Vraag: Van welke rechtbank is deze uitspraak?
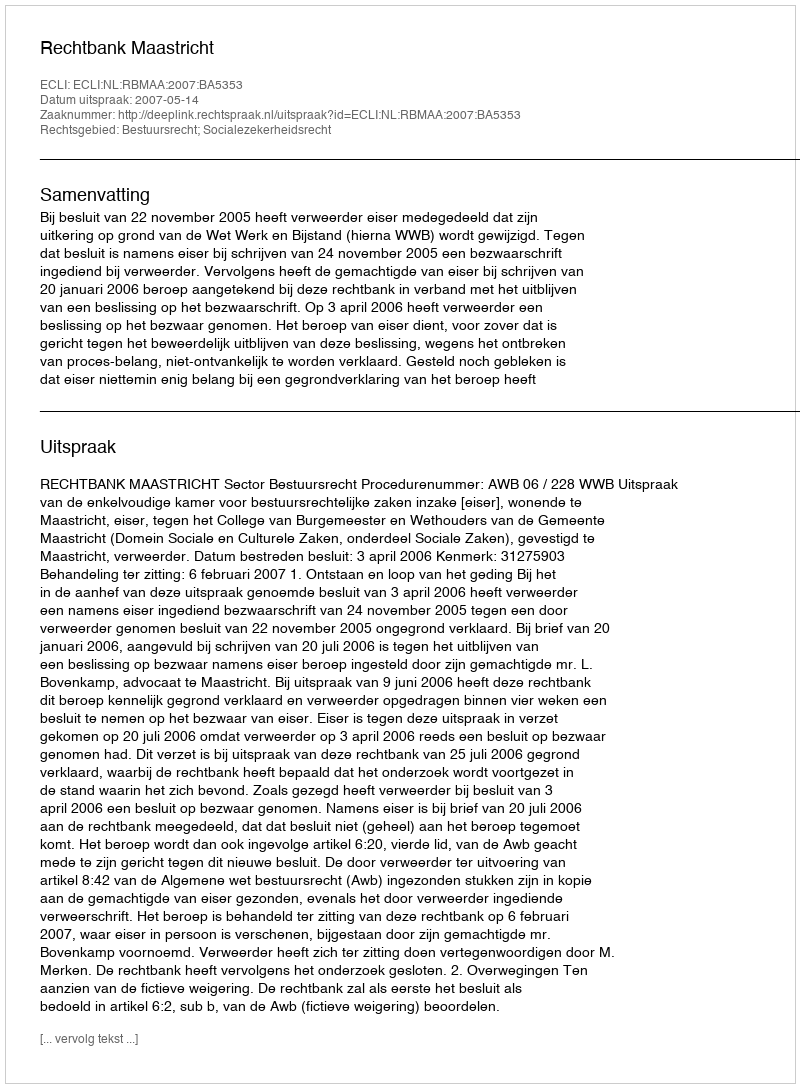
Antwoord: Rechtbank Maastricht